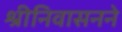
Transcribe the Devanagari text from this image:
श्रीनिवासनने